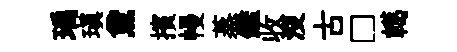
瑀瑱黛擯幔蒸鑑收没古□轕